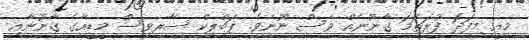
މިއީ މިފަދަ ފުރަތަމަ ގާނޫނެއް ވެސް ނޫނެވެ. ޕަބްލިކް ސާރވިސް މީޑީއާގެ ގާނޫނާއި